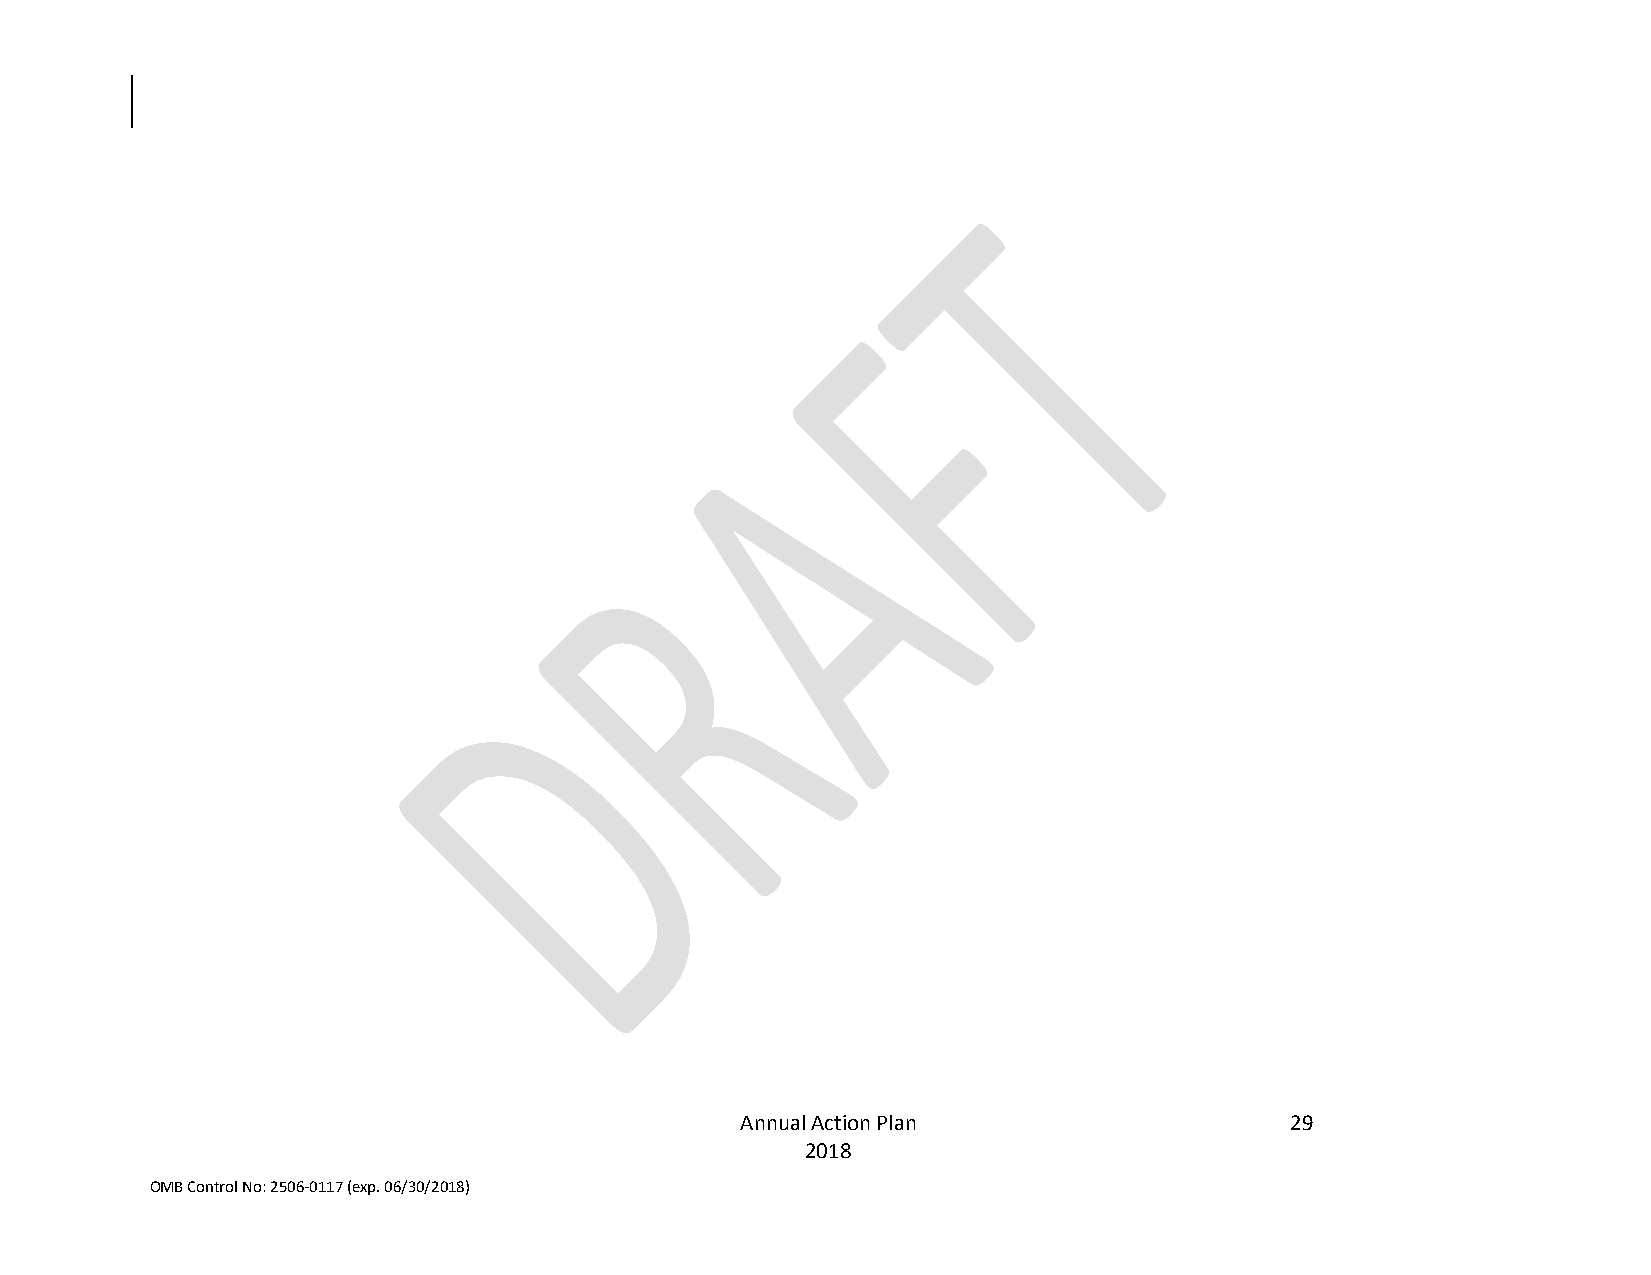
Annual Action Plan                  29
 2018
 OMB Control No: 2506-0117 (exp. 06/30/2018)